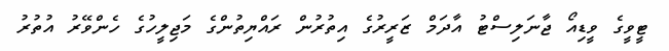
ޓީވީގެ ވީޑިއޯ ޖާނަލިސްޓު އާދަމް ޒަރީރުގެ އިތުރުން ރައްޔިތުންގެ މަޖިލީހުގެ ހެންވޭރު އުތުރު